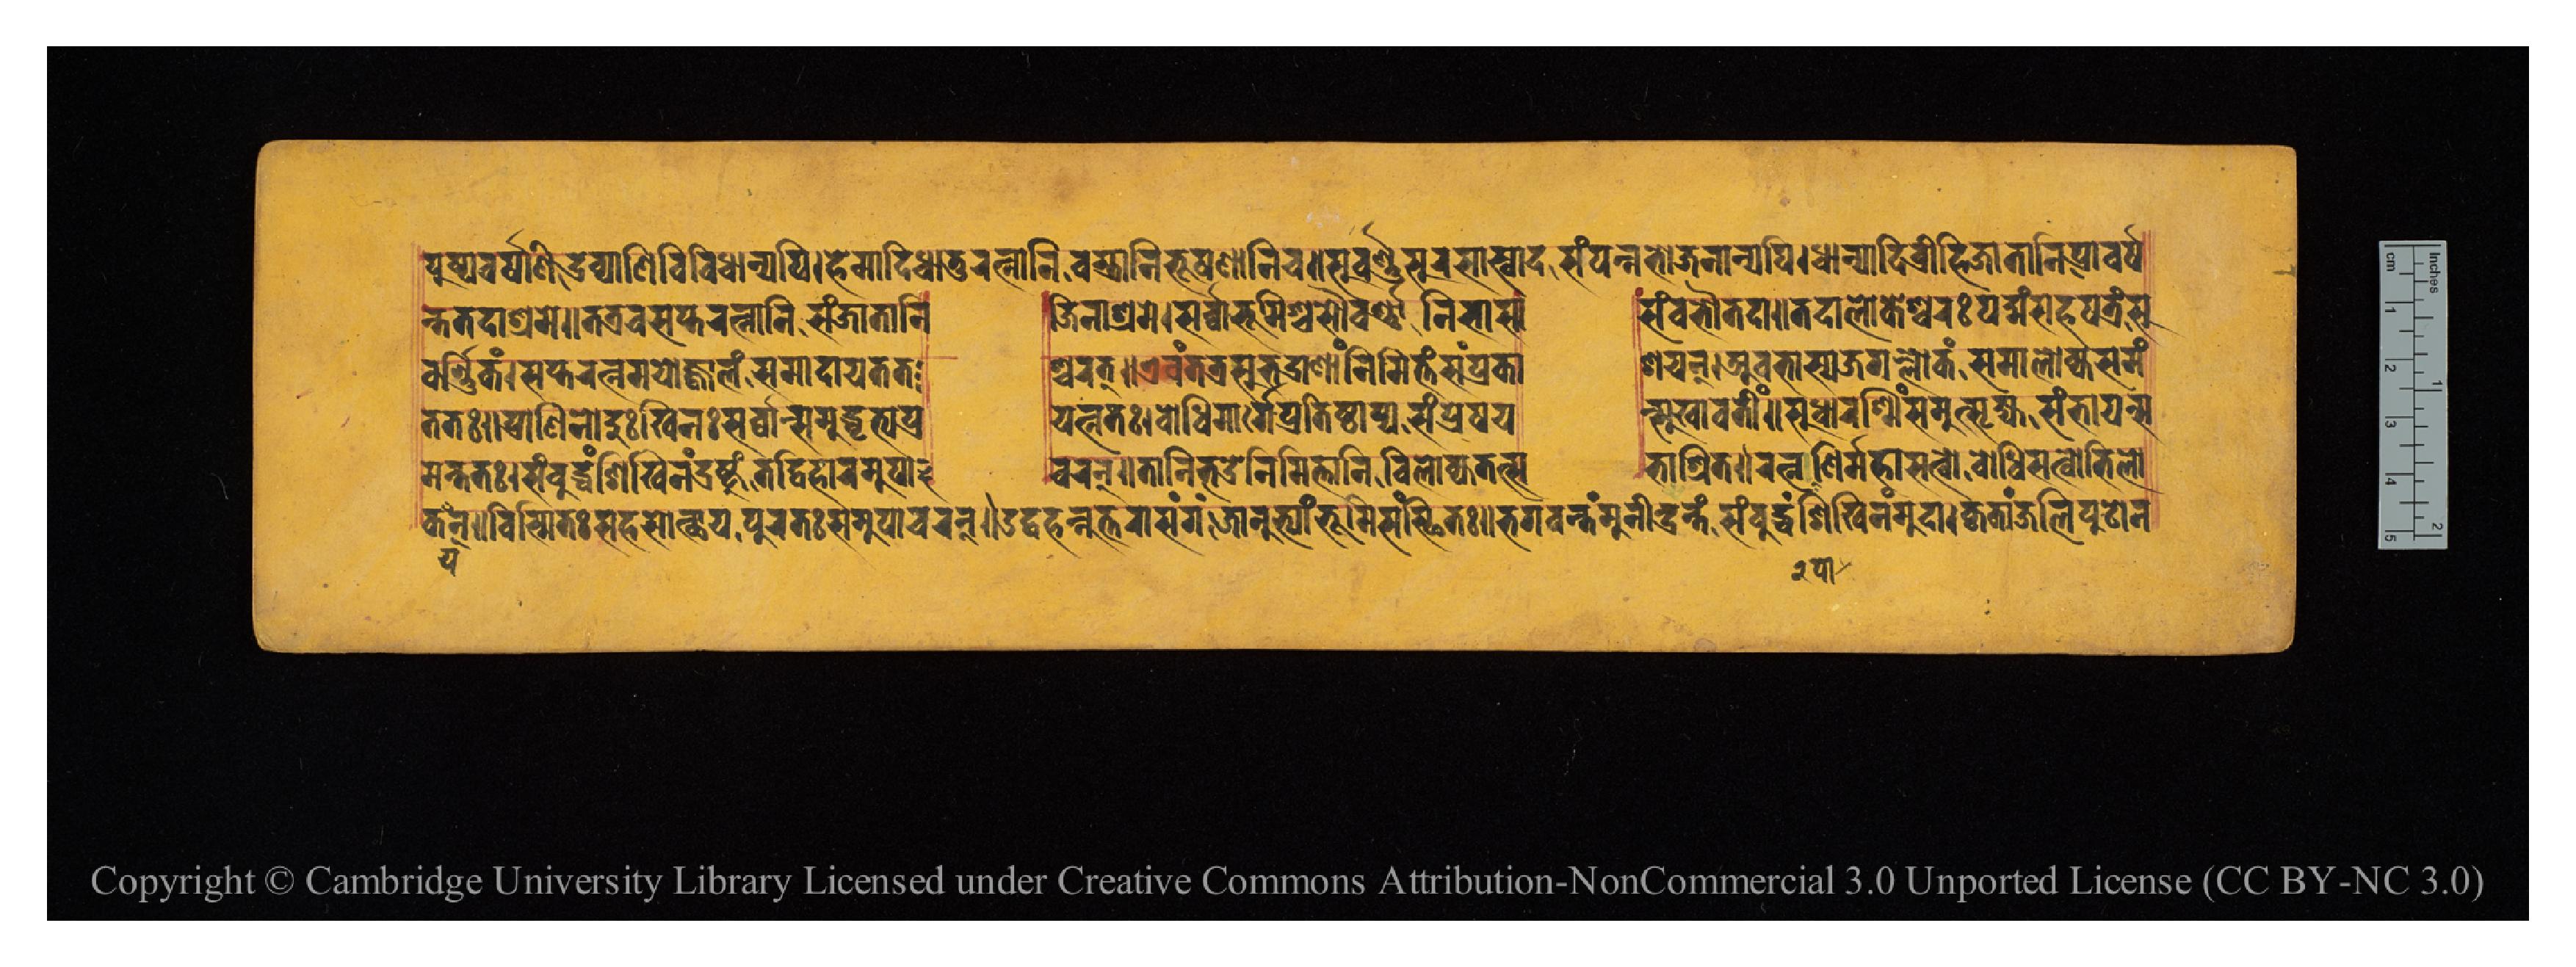
𑐥𑐸𑐲𑑂𑐥𑐰𑐬𑑂𑐞𑐵𑐞𑐶𑐡𑑂𑐬𑐰𑑂𑐫𑐵𑐞𑐶𑐰𑐶𑐰𑐶𑐢𑐵𑐣𑑂𑐫𑐥𑐶𑑋𑐴𑐾𑐩𑐵𑐡𑐶𑐢𑐵𑐟𑐸𑐬𑐟𑑂𑐣𑐵𑐣𑐶𑐰𑐳𑑂𑐟𑑂𑐬𑐵𑐞𑐶𑐨𑐹𑐲𑐞𑐵𑐣𑐶𑐔𑑌𑐳𑐸𑐰𑐬𑑂𑐞𑐳𑐸𑐬𑐳𑐵𑐳𑑂𑐰𑐵𑐡𑐳𑑄𑐥𑐣𑑂𑐣𑐨𑑀𑐖𑐣𑐵𑐣𑑂𑐫𑐥𑐶𑑋𑐢𑐵𑐣𑑂𑐫𑐵𑐡𑐶𑐰𑑂𑐬𑐷𑐴𑐶𑐖𑐵𑐟𑐵𑐣𑐶𑐥𑑂𑐬𑐰𑐬𑑂𑐲 𑐣𑑂𑐟𑐟𑐡𑐵𑐱𑑂𑐬𑐩𑐾𑑌𑐟𑐟𑑂𑐬𑐔𑐳𑐥𑑂𑐟𑐬𑐟𑑂𑐣𑐵𑐣𑐶𑐳𑐘𑑂𑐖𑐵𑐟𑐵𑐣𑐶  𑐖𑐶𑐣𑐵𑐱𑑂𑐬𑐩𑐾𑑋𑐳𑐬𑑂𑐰𑑂𑐰𑐵𑐨𑐹𑐩𑐶𑐱𑑂𑐔𑐳𑑁𑐰𑐬𑑂𑐞𑐵𑐣𑐶𑐬𑑂𑐨𑐵𑐳𑐵  𑐳𑑄𑐧𑐨𑑁𑐟𑐡𑐵𑑌𑐟𑐡𑐵𑐮𑑀𑐎𑐾𑐱𑑂𑐰𑐬𑐥𑐡𑑂𑐩𑑄𑐳𑐴𑐳𑑂𑐟𑑂𑐬𑐥𑐟𑑂𑐬𑑄𑐳𑐸 𑐰𑐬𑑂𑐞𑐶𑐎𑑄𑑋𑐳𑐥𑑂𑐟𑐬𑐟𑑂𑐣𑐩𑐫𑑀𑐖𑑂𑐰𑐵𑐮𑑄𑐳𑐩𑐵𑐡𑐵𑐫𑐟𑐟  𑐱𑑂𑐔𑐬𑐣𑑂𑑌𑐊𑐰𑑄𑐟𑐟𑑂𑐬𑐳𑐸𑐨𑐡𑑂𑐬𑐵𑐞𑐵𑑄𑐣𑐶𑐩𑐶𑐟𑑂𑐟𑑄𑐳𑑄𑐥𑑂𑐬𑐎𑐵  𑐱𑐫𑐣𑑂𑑋𑐀𑐰𑐨𑐵𑐳𑑂𑐫𑐖𑐐𑐮𑑂𑐮𑑀𑐎𑑄𑐳𑐩𑐵𑐮𑑀𑐎𑑂𑐫𑐳𑐩𑑄 𑐟𑐟𑑅𑑌𑐥𑑂𑐬𑐵𑐞𑐶𑐣𑑀𑐡𑐸𑑅𑐏𑐶𑐣𑑅𑐳𑐬𑑂𑐰𑑂𑐰𑐵𑐣𑑂𑐳𑐩𑐸𑐡𑑂𑐢𑐺𑐟𑑂𑐫𑐥𑑂𑐬  𑐫𑐟𑑂𑐣𑐟𑑅𑑋𑐧𑑀𑐢𑐶𑐩𑐵𑐬𑑂𑐐𑐾𑐥𑑂𑐬𑐟𑐶𑐲𑑂𑐛𑐵𑐥𑑂𑐫𑐳𑑄𑐥𑑂𑐬𑐾𑐲𑐫  𑐣𑑂𑐳𑐸𑐏𑐵𑐰𑐟𑐷𑑄𑑌𑐳𑐸𑐢𑐵𑐬𑐱𑑂𑐩𑐶𑑄𑐳𑐩𑐸𑐟𑑂𑐳𑐺𑐖𑑂𑐫𑐳𑑄𑐨𑐵𑐫𑐣𑑂𑐳 𑐩𑐣𑑂𑐟𑐟𑑅𑑋𑐳𑑄𑐧𑐸𑐡𑑂𑐢𑑄𑐱𑐶𑐏𑐶𑐣𑑄𑐟𑐡𑑂𑐰𑐶𑐴𑐵𑐬𑐩𑐸𑐥𑐵     𑐔𑐬𑐟𑑂𑑌𑐟𑐵𑐣𑐶𑐨𑐡𑑂𑐬𑐣𑐶𑐩𑐶𑐟𑑂𑐟𑐵𑐣𑐶𑐰𑐶𑐮𑑀𑐎𑑂𑐫𑐟𑐟𑑂𑐳  𑐨𑐵𑐱𑑂𑐬𑐶𑐟𑑅𑑌𑐬𑐟𑑂𑐣𑐥𑐵𑐞𑐶𑐬𑑂𑐩𑐴𑐵𑐳𑐟𑑂𑐰𑐧𑑀𑐡𑑂𑐢𑐶𑐳𑐟𑑂𑐰𑑀𑐨𑐶𑐮𑑀 𑐎𑐣𑑂𑑌𑐰𑐶𑐳𑑂𑐩𑐶𑐟𑑅𑐳𑐴𑐳𑑀𑐟𑑂𑐠𑐵𑐫𑐥𑐸𑐳𑑂𑐟𑑅𑐳𑐩𑐸𑐥𑐵𑐔𑐬𑐟𑑂𑑌𑐄𑐡𑑂𑐰𑐴𑐣𑑂𑐣𑐸𑐟𑑂𑐟𑐬𑐵𑐳𑑄𑐐𑑄𑐖𑐵𑐣𑐸𑐨𑑂𑐫𑐵𑑄𑐨𑐸𑐰𑐶𑐳𑑄𑐳𑑂𑐠𑐶𑐟𑑅𑑌𑐨𑐐𑐰𑐣𑑂𑐟𑑄𑐩𑐸𑐣𑐷𑐣𑑂𑐡𑑂𑐬𑑄𑐟𑑄𑐳𑑄𑐧𑐸𑐡𑑂𑐢𑐱𑐶𑐏𑐶𑐣𑑄𑐩𑐸𑐡𑐵𑑋𑐎𑐺𑐟𑐵𑑄𑐖𑐮𑐶𑐥𑐸𑐚𑑀𑐣